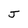
Character: J